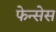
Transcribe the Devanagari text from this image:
फेन्सेस